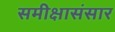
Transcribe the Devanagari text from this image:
समीक्षासंसार